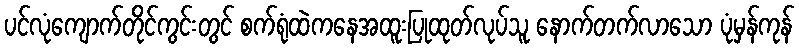
ပင်လုံကျောက်တိုင်ကွင်းတွင် စက်ရုံထဲကနေအထူးပြုထုတ်လုပ်သူ နောက်တက်လာသော ပုံမှန်ကုန်